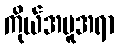
ကိုယ်အမူအရာ